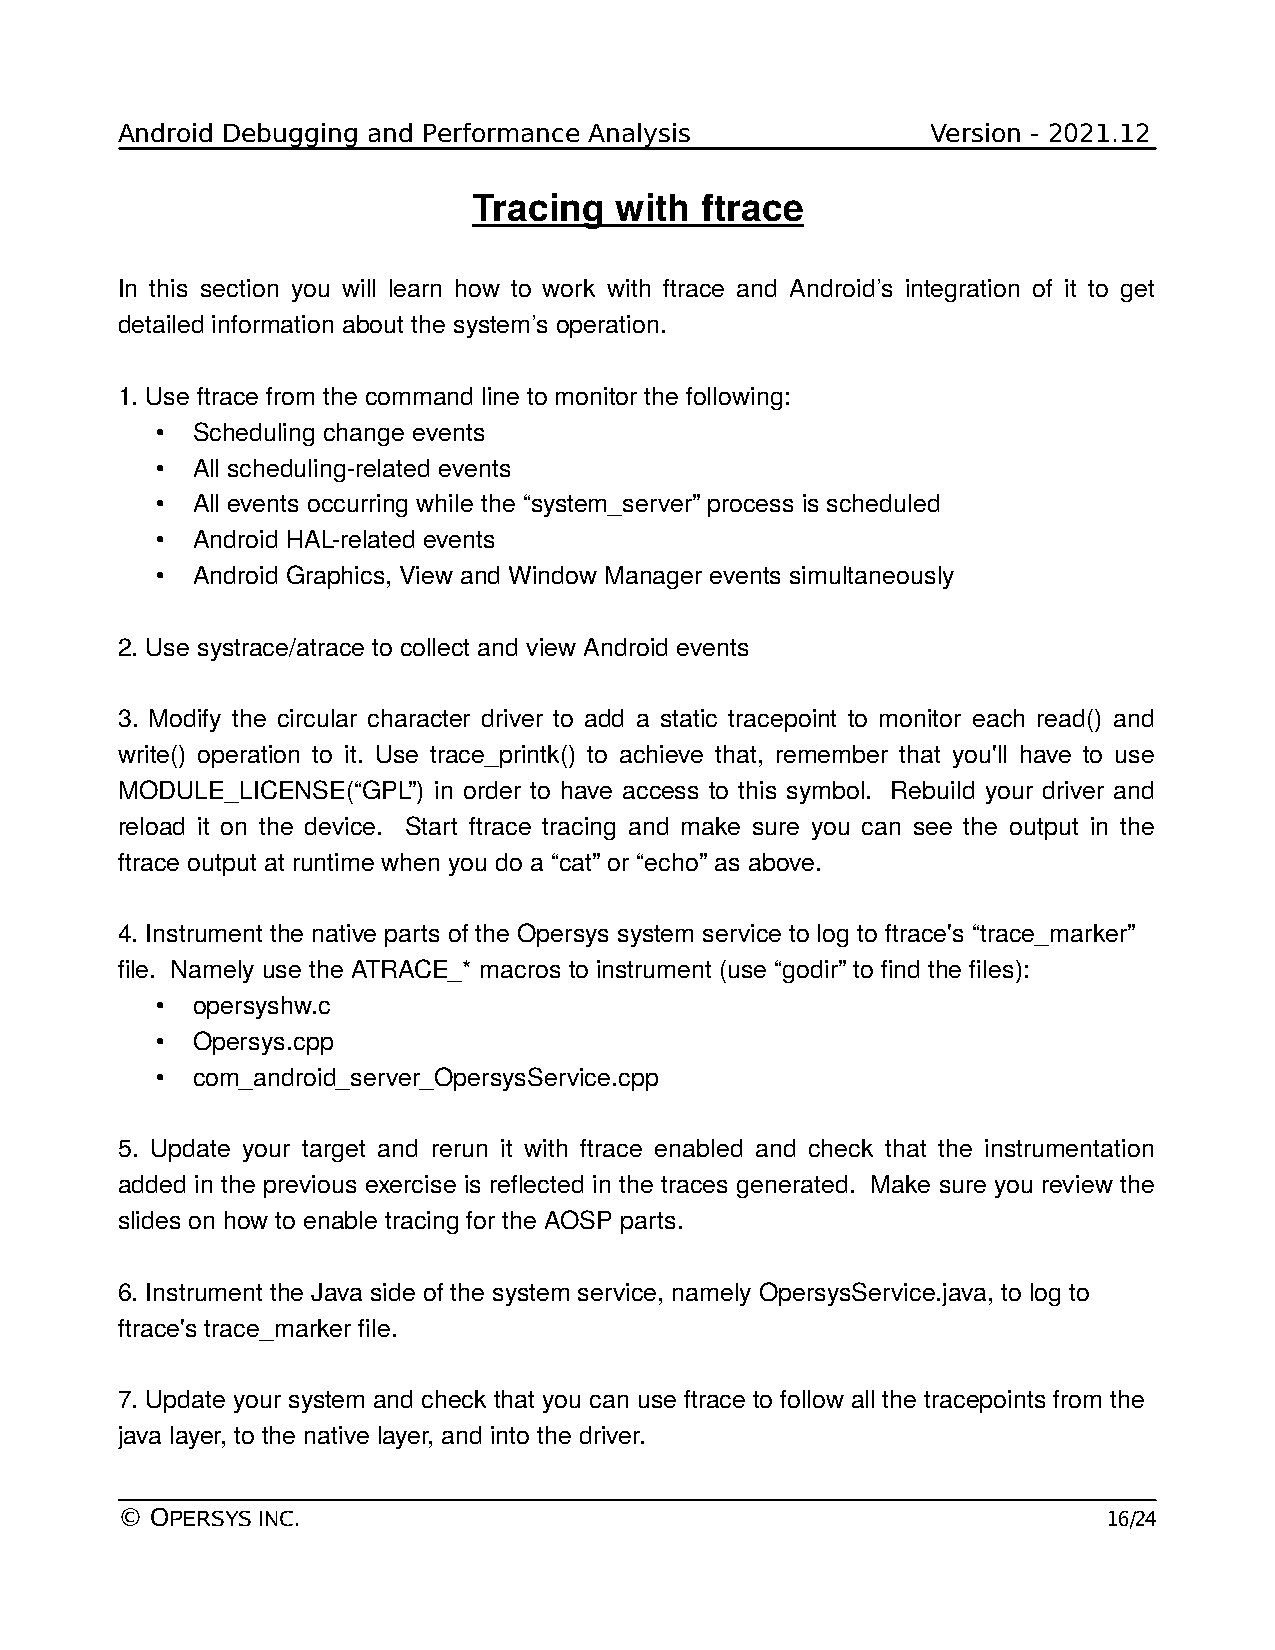
Android Debugging and Performance Analysis            Version - 2021.12
 Tracing   with ftrace
 In this section you will learn how to work with ftrace and Android’s integration of it to get
 detailed information about the system’s operation.
 1. Use ftrace from the command line to monitor the following:
 •  Scheduling change events
 •  All scheduling-related events
 •  All events occurring while the “system_server” process is scheduled
 •  Android HAL-related events
 •  Android Graphics, View and Window Manager events simultaneously
 2. Use systrace/atrace to collect and view Android events
 3. Modify the circular character driver to add a static tracepoint to monitor each read() and
 write() operation to it. Use trace_printk() to achieve that, remember that you'll have to use
 MODULE_LICENSE(“GPL”) in order to have access to this symbol. Rebuild your driver and
 reload it on the device. Start ftrace tracing and make sure you can see the output in the
 ftrace output at runtime when you do a “cat” or “echo” as above.
 4. Instrument the native parts of the Opersys system service to log to ftrace's “trace_marker”
 file. Namely use the ATRACE_* macros to instrument (use “godir” to find the files):
 •  opersyshw.c
 •  Opersys.cpp
 •  com_android_server_OpersysService.cpp
 5. Update your target and rerun it with ftrace enabled and check that the instrumentation
 added in the previous exercise is reflected in the traces generated. Make sure you review the
 slides on how to enable tracing for the AOSP parts.
 6. Instrument the Java side of the system service, namely OpersysService.java, to log to
 ftrace's trace_marker file.
 7. Update your system and check that you can use ftrace to follow all the tracepoints from the
 java layer, to the native layer, and into the driver.
 © OPERSYS INC.                                                   16/24